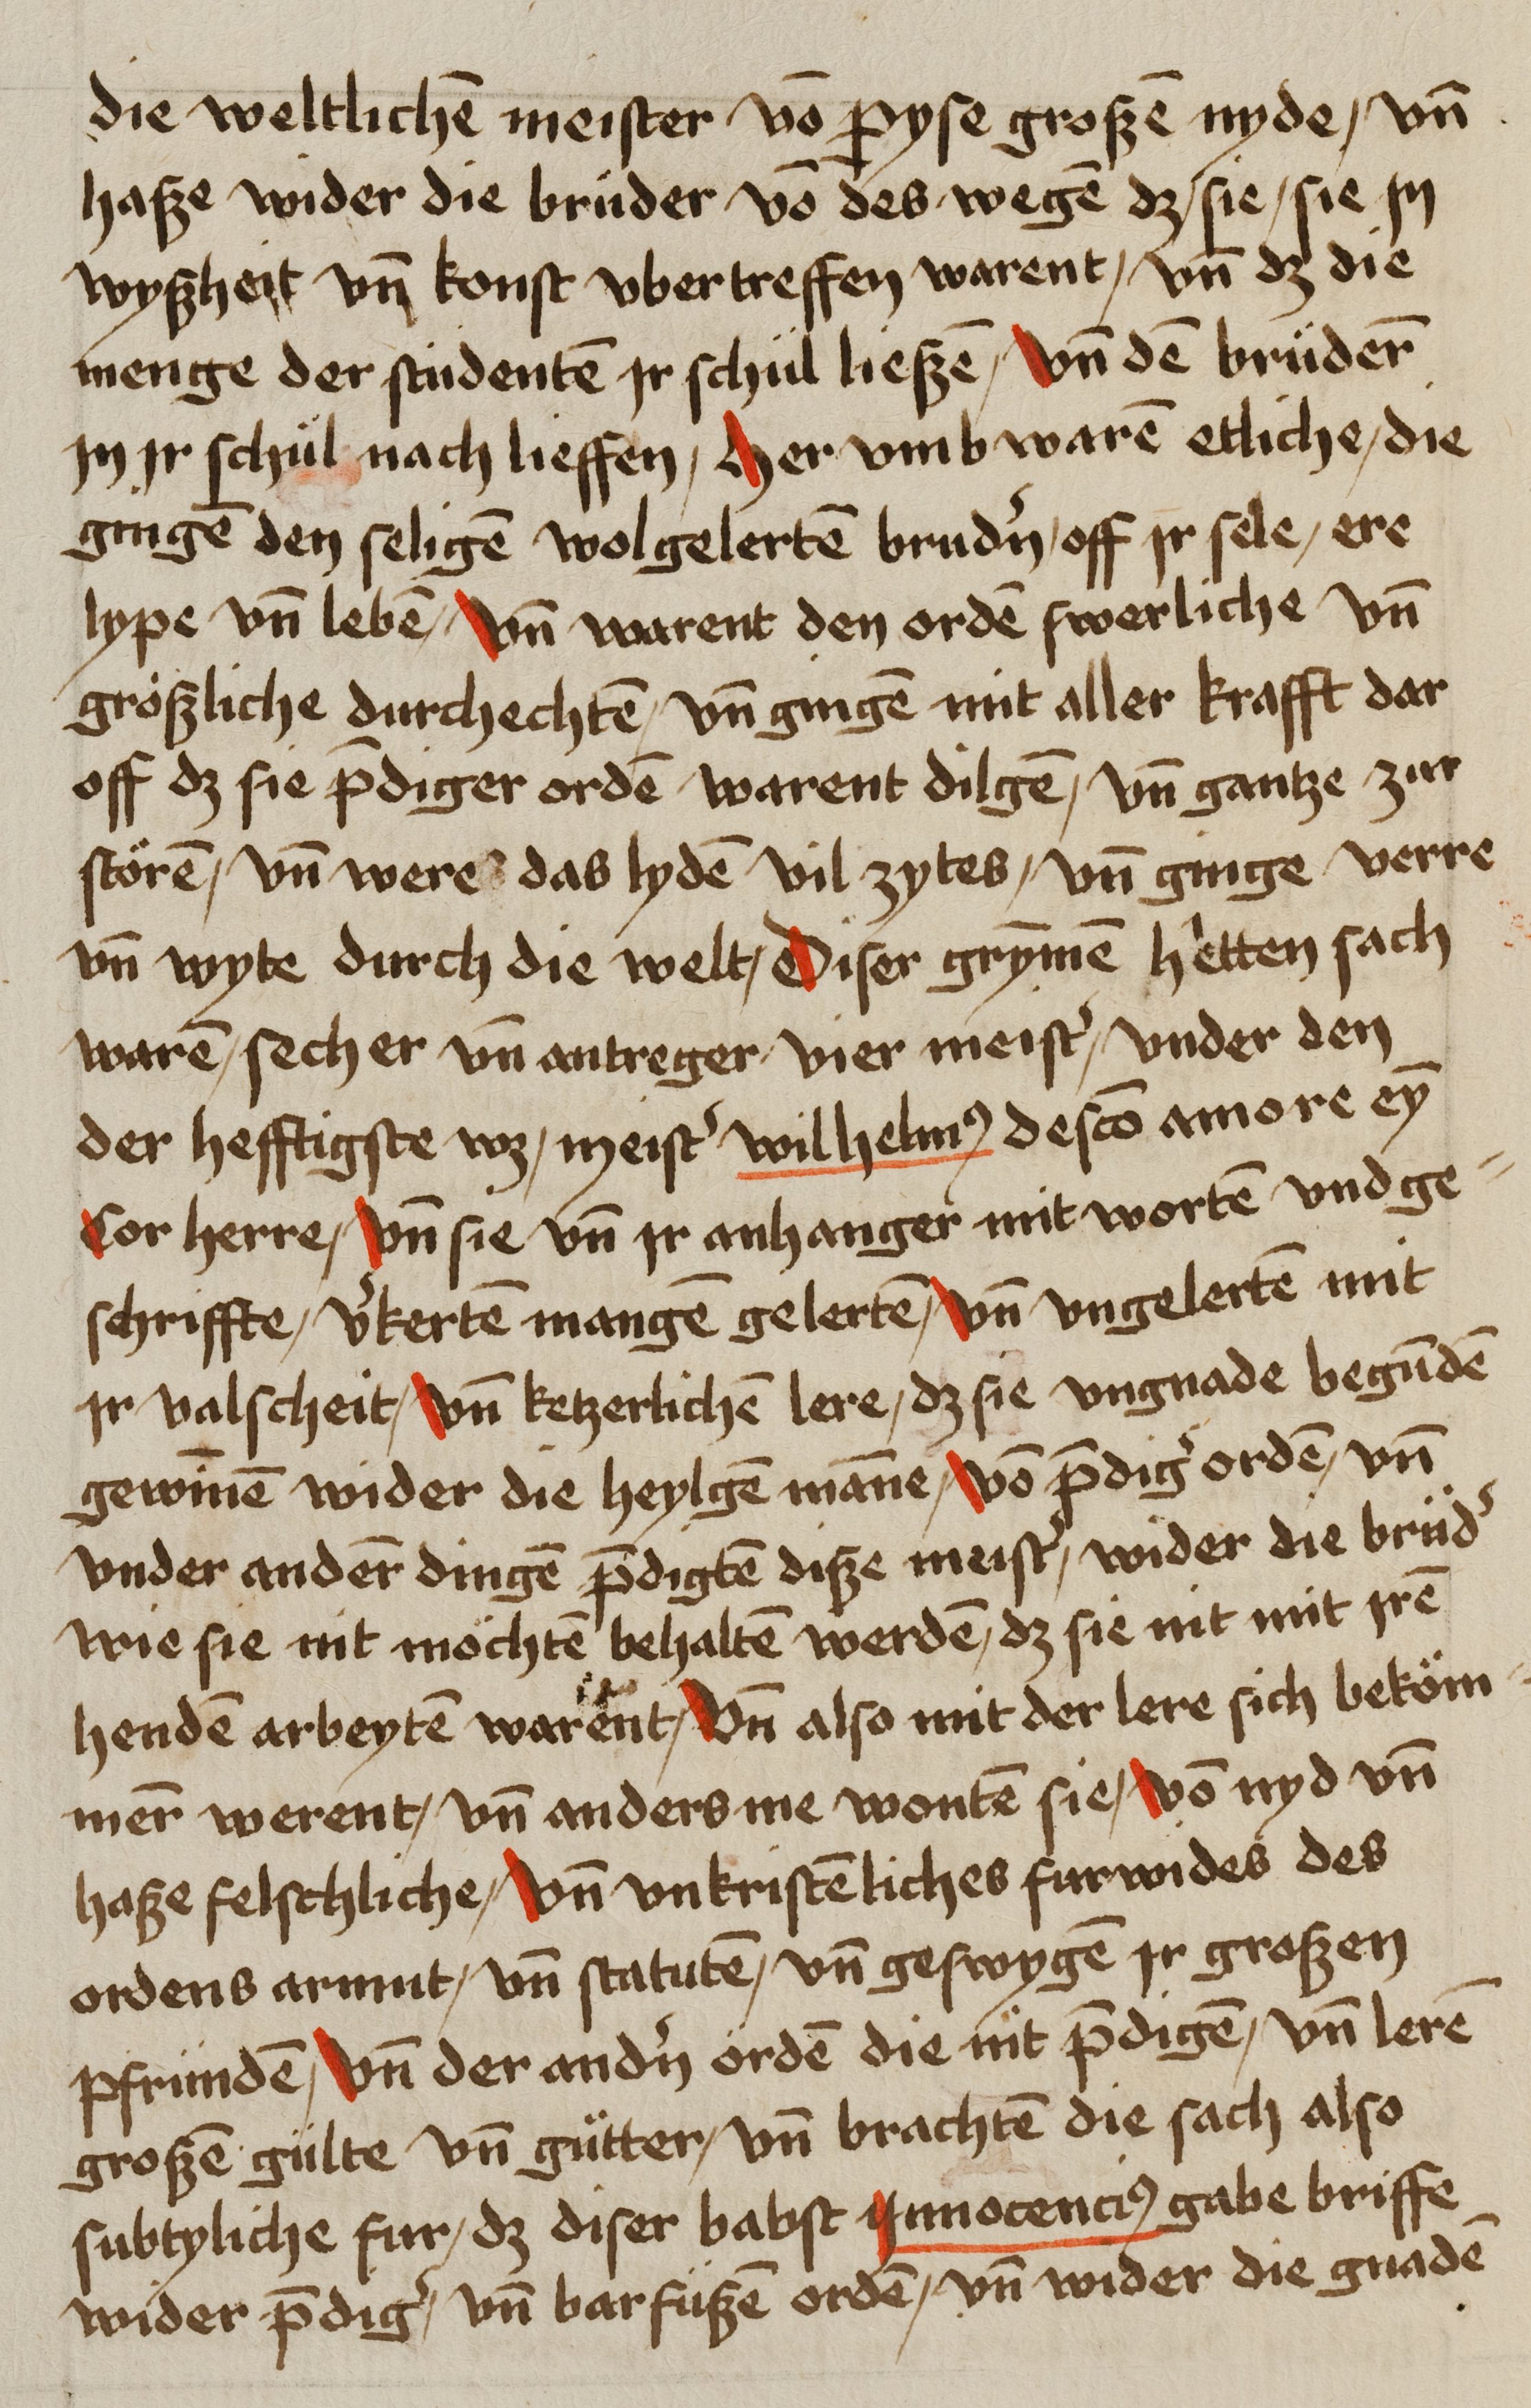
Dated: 1459–1489